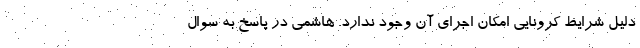
دلیل شرایط کرونایی امکان اجرای آن وجود ندارد. هاشمی در پاسخ به سوال